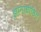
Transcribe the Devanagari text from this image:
ज्ञानाधीष्ठित